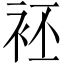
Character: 𲀨